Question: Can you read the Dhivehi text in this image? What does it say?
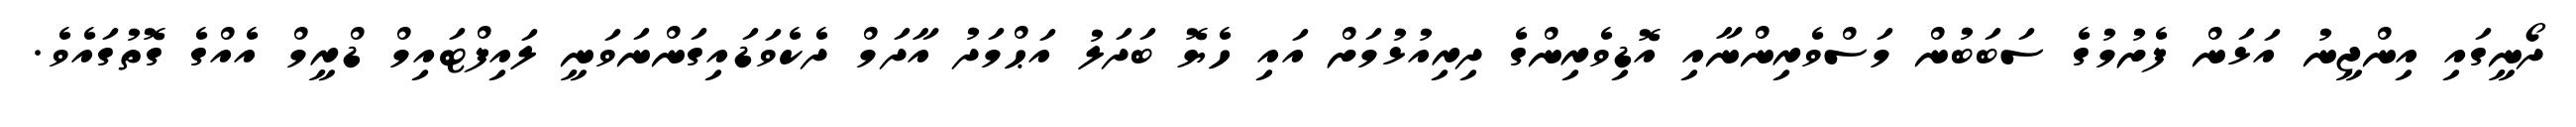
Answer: ދޯނީގައި އިންޖީނު އަޅަން ފެށުމުގެ ސަބަބުން މަސްވެރިންނާއި އޮޑިވެރިންގެ ދިރިއުޅުމަށް އައި ހެޔޮ ބަދަލު އަޙްމަދު އާދަމް ދެކެވަޑައިގަންނަވަނީ ލައިފްޓައިމް ޑްރީމް އެއްގެ ގޮތުގައެވެ.